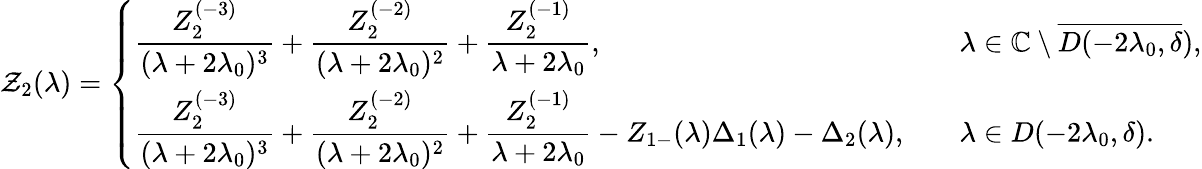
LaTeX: \mathcal{Z}_{2}(\lambda)=\left\{ \begin{array}{ll}{\displaystyle\frac{Z_{2}^{(-3)}}{(\lambda+2\lambda_{0})^{3}}+\frac{Z_{2}^{(-2)}}{(\lambda+2\lambda_{0})^{2}}+\frac{Z_{2}^{(-1)}}{\lambda+2\lambda_{0}},}&{\quad\lambda\in\mathbb{C}\setminus\overline{{D(-2\lambda_{0},\delta}}),}\\ {\displaystyle\frac{Z_{2}^{(-3)}}{(\lambda+2\lambda_{0})^{3}}+\frac{Z_{2}^{(-2)}}{(\lambda+2\lambda_{0})^{2}}+\frac{Z_{2}^{(-1)}}{\lambda+2\lambda_{0}}-Z_{1-}(\lambda)\Delta_{1}(\lambda)-\Delta_{2}(\lambda),}&{\quad\lambda\in D(-2\lambda_{0},\delta).}\end{array}\right.